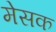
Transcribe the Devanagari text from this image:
मेसक